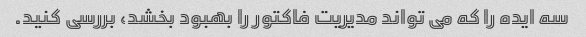
سه ایده را که می تواند مدیریت فاکتور را بهبود بخشد، بررسی کنید.